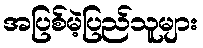
အပြစ်မဲ့ပြည်သူများ